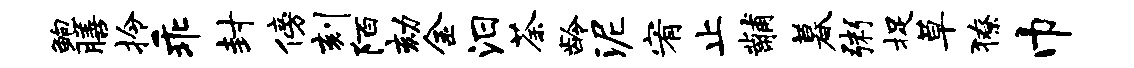
鲍膳拎乖封傍刻陌劾金汨荼龄泥宥止黼暮粥捉草獠巾